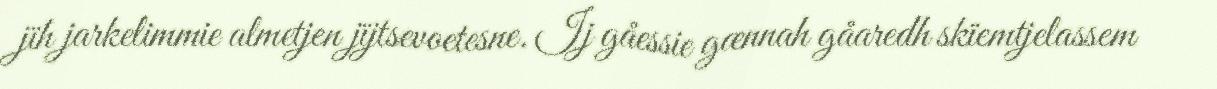
jïh jarkelimmie almetjen jïjtsevoetesne. Ij gåessie gænnah gåaredh skïemtjelassem